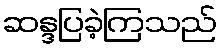
ဆန္ဒပြခဲ့ကြသည်